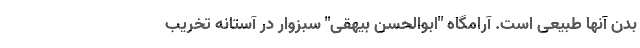
بدن آنها طبیعی است. آرامگاه "ابوالحسن بیهقی" سبزوار در آستانه تخریب